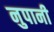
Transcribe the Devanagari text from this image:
नुपानी